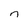
Character: n